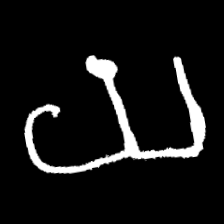
Pyu character \u2014 Myanmar letter: ယ (romanized: ya)